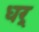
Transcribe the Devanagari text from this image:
धर्